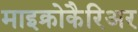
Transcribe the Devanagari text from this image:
माइक्रोकैरिअर